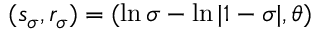
( s _ { \sigma } , r _ { \sigma } ) = ( \ln \sigma - \ln | 1 - \sigma | , \theta )